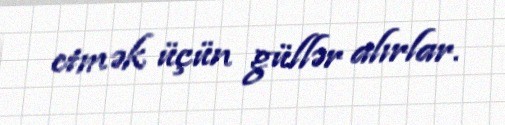
etmək üçün güllər alırlar.